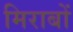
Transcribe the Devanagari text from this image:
मिराबों